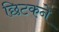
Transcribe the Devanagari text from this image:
छिटकने